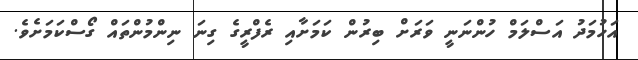
އަހުމަދު އަސްލަމް ހުންނަނީ ވަރަށް ބިރުން ކަމަށާއި ރެފްރީގެ ގިނަ ނިންމުންތައް ގޯސްކަމަށެވެ.